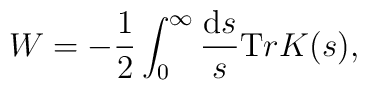
W = - \frac12 \int^\infty_0	\frac{{\mathrm d} s }{s} {\mathrm Tr} K(s),